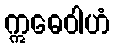
ဣဓေဝါဟံ